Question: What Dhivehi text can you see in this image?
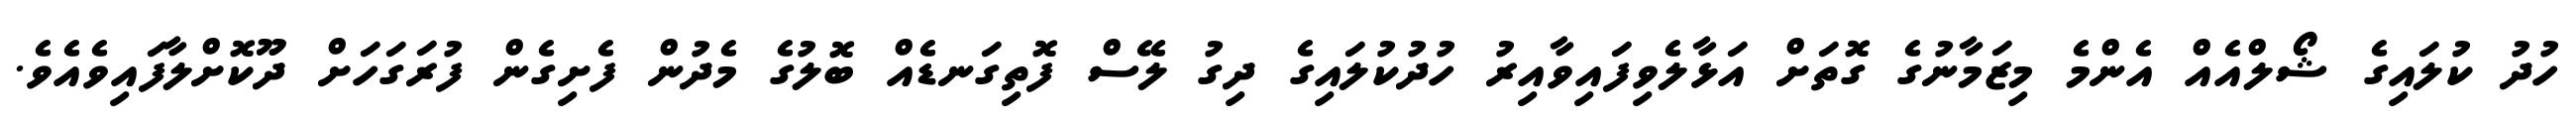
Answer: ހުދު ކުލައިގެ ޝޯލްއެއް އެންމެ މިޒަމާނުގެ ގޮތަށް އަޅާލެވިފައިވާއިރު ހުދުކުލައިގެ ދިގު ލޭސް ފޮތިގަނޑެއް ބޮލުގެ މެދުން ފެށިގެން ފުރަގަހަށް ދޫކޮށްލާފައިވެއެވެ.